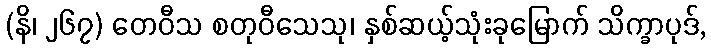
(နိ၊ ၂၆၇) တေဝီသ စတုဝီသေသု၊ နှစ်ဆယ့်သုံးခုမြောက် သိက္ခာပုဒ်,